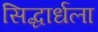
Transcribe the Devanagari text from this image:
सिद्धार्धला